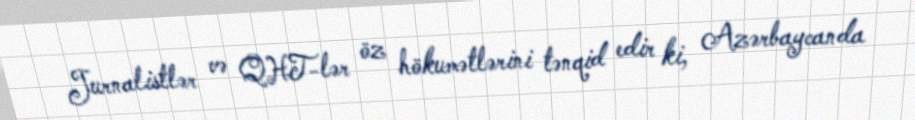
Jurnalistlər və QHT-lər öz hökumətlərini tənqid edir ki, Azərbaycanda